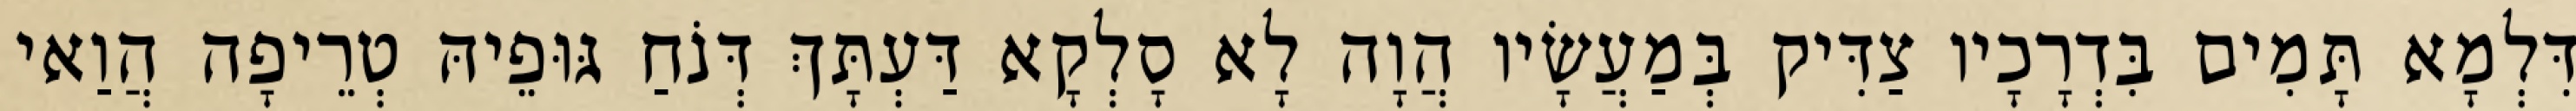
דִּלְמָא תָּמִים בִּדְרָכָיו צַדִּיק בְּמַעֲשָׂיו הֲוָה לָא סָלְקָא דַּעְתָּךְ דְּנֹחַ גּוּפֵיהּ טְרֵיפָה הֲוַאי